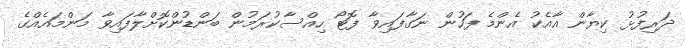
ދަރިފުޅު ކިޔާން އާއެކު އެންމެ ފަހުން ނަގާފައިވާ ފޮޓޯ ހިއްސާކުރަމުން ބަންޑުންކޮށްލާފައިވާ މަންމައެއްގެ